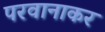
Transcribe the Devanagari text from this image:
परवानाकर